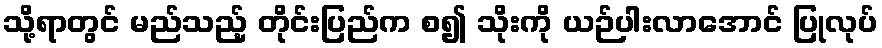
သို့ရာတွင် မည်သည့် တိုင်းပြည်က စ၍ သိုးကို ယဉ်ပါးလာအောင် ပြုလုပ်